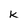
Character: k